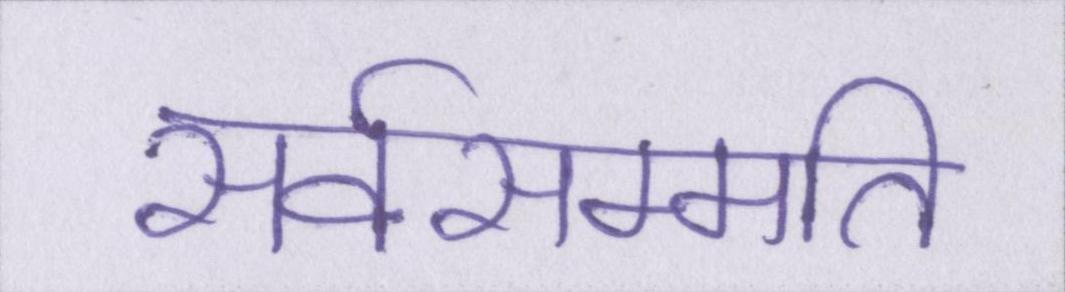
सर्वसम्मति